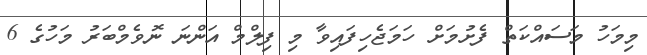
މިމަހު މަސައްކަތް ފެށުމަށް ހަމަޖެހިފައިވާ މި ފިލްމް އަންނަ ނޮވެމްބަރު މަހުގެ 6